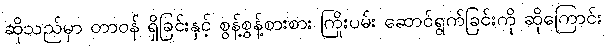
ဆိုသည်မှာ တာဝန် ရှိခြင်းနှင့် စွန့်စွန့်စားစား ကြိုးပမ်း ဆောင်ရွက်ခြင်းကို ဆိုကြောင်း